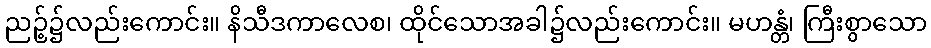
ညဉ့်၌လည်းကောင်း။ နိသီဒကာလေစ၊ ထိုင်သောအခါ၌လည်းကောင်း။ မဟန္တံ၊ ကြီးစွာသော